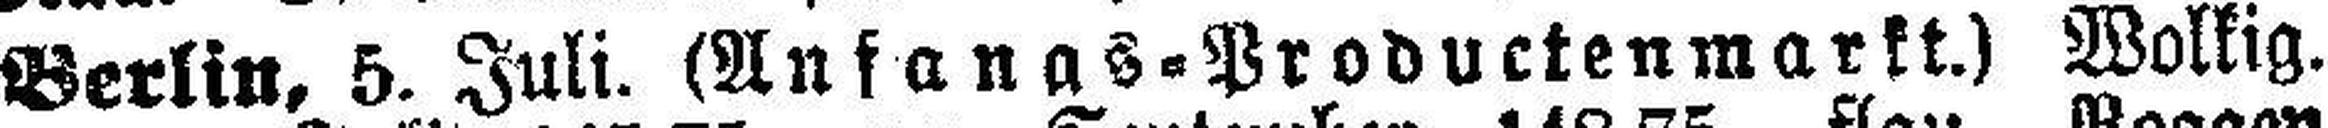
Berlin, 5. Juli. (Anfangs=Productenmarkt.) Wolkig.